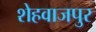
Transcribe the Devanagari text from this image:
शेहवाजपुर